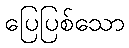
ပြေပြစ်သော